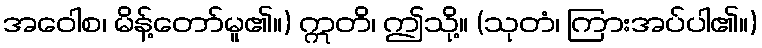
အဝေါစ၊ မိန့်တော်မူ၏။) ဣတိ၊ ဤသို့။ (သုတံ၊ ကြားအပ်ပါ၏။)